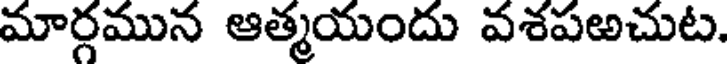
మార్గమున ఆత్మయందు వశపఱచుట.